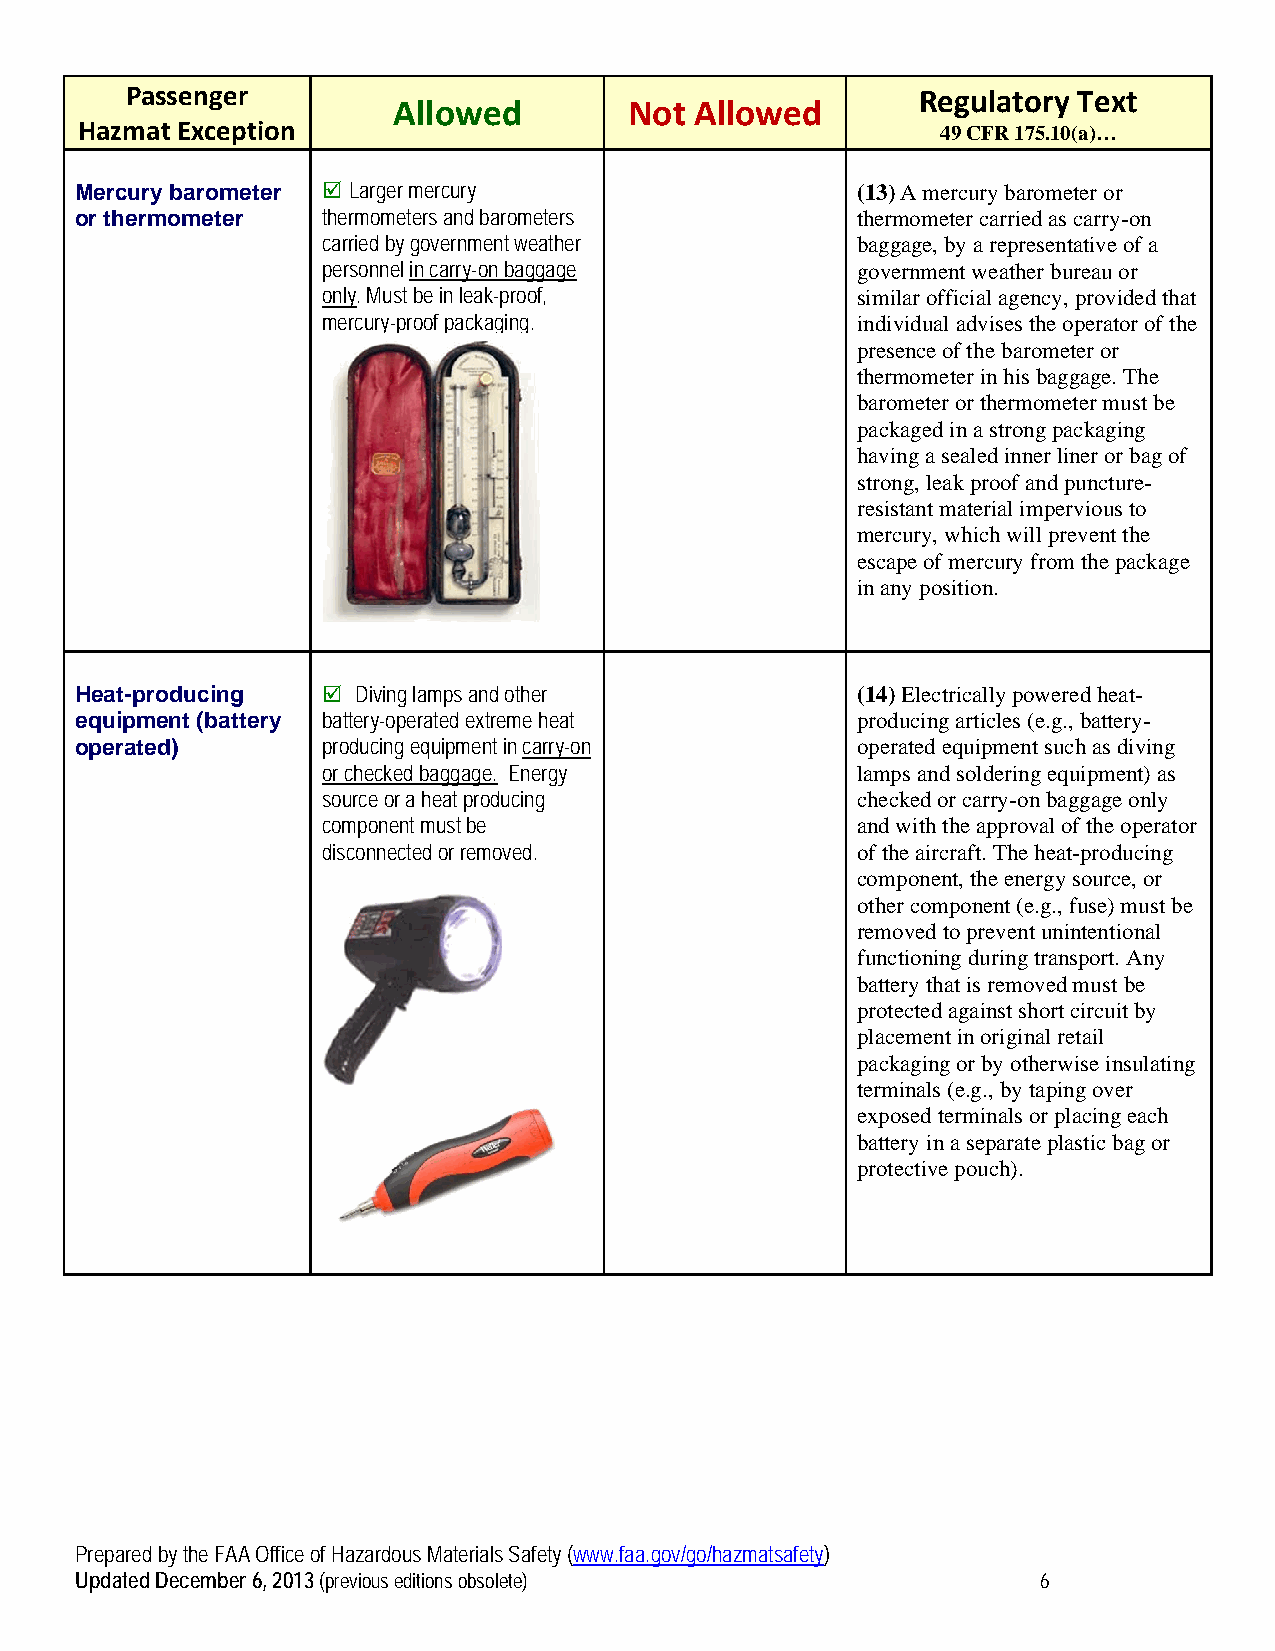
Passenger                                            Regulatory Text
 Allowed         Not Allowed
 Hazmat Exception                                         49 CFR 175.10(a)…
 Mercury barometer  Larger mercury                  (13) A mercury barometer or
 or thermometer  thermometers and barometers         thermometer carried as carry-on
 carried by government weather       baggage, by a representative of a
 personnel in carry-on baggage       government weather bureau or
 only. Must be in leak-proof,        similar official agency, provided that
 mercury-proof packaging.            individual advises the operator of the
 presence of the barometer or
 thermometer in his baggage. The
 barometer or thermometer must be
 packaged in a strong packaging
 having a sealed inner liner or bag of
 strong, leak proof and puncture-
 resistant material impervious to
 mercury, which will prevent the
 escape of mercury from the package
 in any position.
 Heat-producing    Diving lamps and other           (14) Electrically powered heat-
 equipment (battery battery-operated extreme heat    producing articles (e.g., battery-
 operated)       producing equipment in carry-on     operated equipment such as diving
 or checked baggage. Energy          lamps and soldering equipment) as
 source or a heat producing          checked or carry-on baggage only
 component must be                   and with the approval of the operator
 disconnected or removed.            of the aircraft. The heat-producing
 component, the energy source, or
 other component (e.g., fuse) must be
 removed to prevent unintentional
 functioning during transport. Any
 battery that is removed must be
 protected against short circuit by
 placement in original retail
 packaging or by otherwise insulating
 terminals (e.g., by taping over
 exposed terminals or placing each
 battery in a separate plastic bag or
 protective pouch).
 Prepared by the FAA Office of Hazardous Materials Safety (www.faa.gov/go/hazmatsafety)
 Updated December 6, 2013 (previous editions obsolete)           6